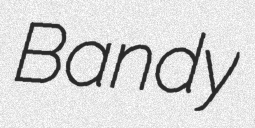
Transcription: Bandy